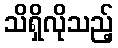
သိရှိလိုသည့်